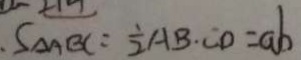
S _ { \Delta A B C } = \frac { 1 } { 2 } A B \cdot C D = a b